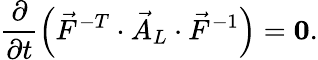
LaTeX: \frac{\partial}{\partial t}\left(\vec{F}^{-T}\cdot\vec{A}_{L}\cdot\vec{F}^{-1}\right)=\boldsymbol{0}.